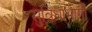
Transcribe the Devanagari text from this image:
सुविधाभोगी